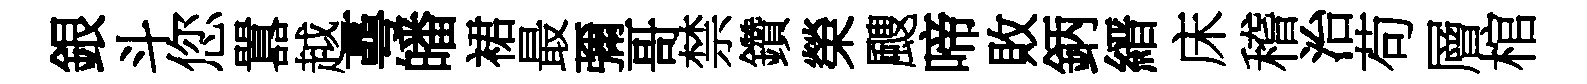
銀斗您囂越蕚皤裙最彌哥禁鑽榮颼啼敗鈵縉床稽治苟層棺